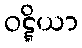
ဝဋ္ဋိယာ